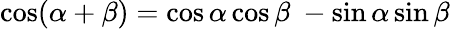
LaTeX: \cos(\alpha+\beta)=\cos\alpha\cos\beta\ -\sin\alpha\sin\beta